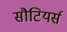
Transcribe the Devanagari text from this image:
सौटियर्स